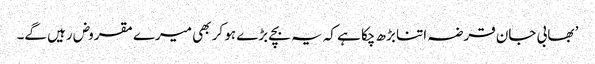
’ بھابی جان قرضہ اتنا بڑھ چکا ہے کہ یہ بچے بڑے ہو کر بھی میرے مقروض رہیں گے۔